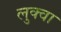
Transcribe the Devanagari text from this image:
लुक्वा